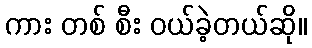
ကား တစ် စီး ဝယ်ခဲ့တယ်ဆို။